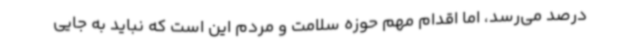
درصد می‌رسد، اما اقدام مهم حوزه سلامت و مردم این است که نباید به جایی